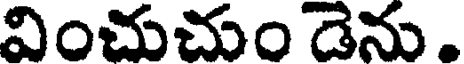
వించుచుం డెను .